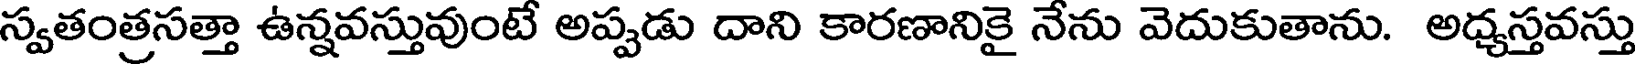
స్వతంత్రసత్తా ఉన్నవస్తువుంటే అప్పడు దాని కారణానికై నేను వెదుకుతాను. అధ్యస్తవస్తు